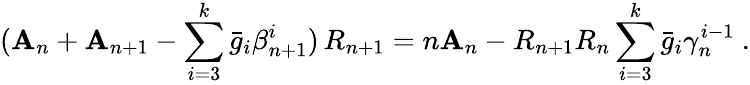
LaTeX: (\mathbf{A}_{n}+\mathbf{A}_{n+1}-\sum_{i=3}^{k}\bar{{g}}_{i}\beta_{n+1}^{i})\, R_{n+1}=n\mathbf{A}_{n}-R_{n+1}R_{n}\sum_{i=3}^{k}\bar{{g}}_{i}\gamma_{n}^{i-1}\ .